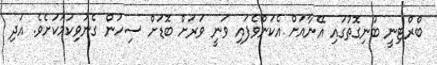
ބްރްޓިނީ ބުނިގޮތުގައި އޭނާއަށް އެކަންވެފައި ވަނީ ވަރަށް ބޮޑަށް ސިހުން ގެނުވިކަމަކަށެވެ. އަދި